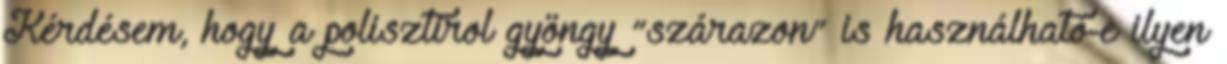
Kérdésem, hogy a polisztirol gyöngy “szárazon” is használható-e ilyen